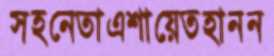
সহনেতাএশায়েতহানন